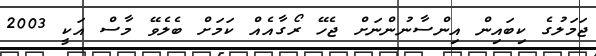
ޖަމަލުގެ ކިބައިން އިންސާނުންނަށް ޖެހޭ ރޯގާއެއް ކަމަށް ބެލެވޭ މާސް އަކީ 2003